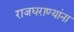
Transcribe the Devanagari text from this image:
राजघराण्यांना